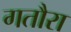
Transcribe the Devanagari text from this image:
गतौरा